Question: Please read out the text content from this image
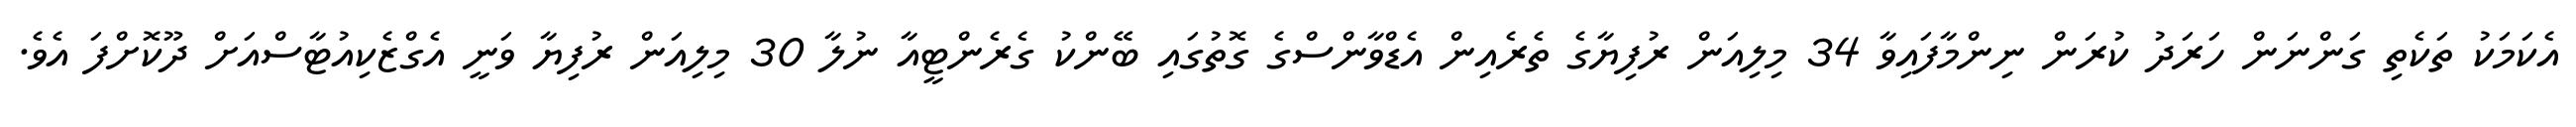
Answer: އެކަމަކު ތަކެތި ގަންނަން ހަރަދު ކުރަން ނިންމާފައިވާ 34 މިލިއަން ރުފިޔާގެ ތެރެއިން އެޑްވާންސްގެ ގޮތުގައި ބޭންކު ގެރެންޓީއާ ނުލާ 30 މިލިއަން ރުފިޔާ ވަނީ އެގްޒެކިއުޓާސްއަށް ދޫކޮށްފަ އެވެ.